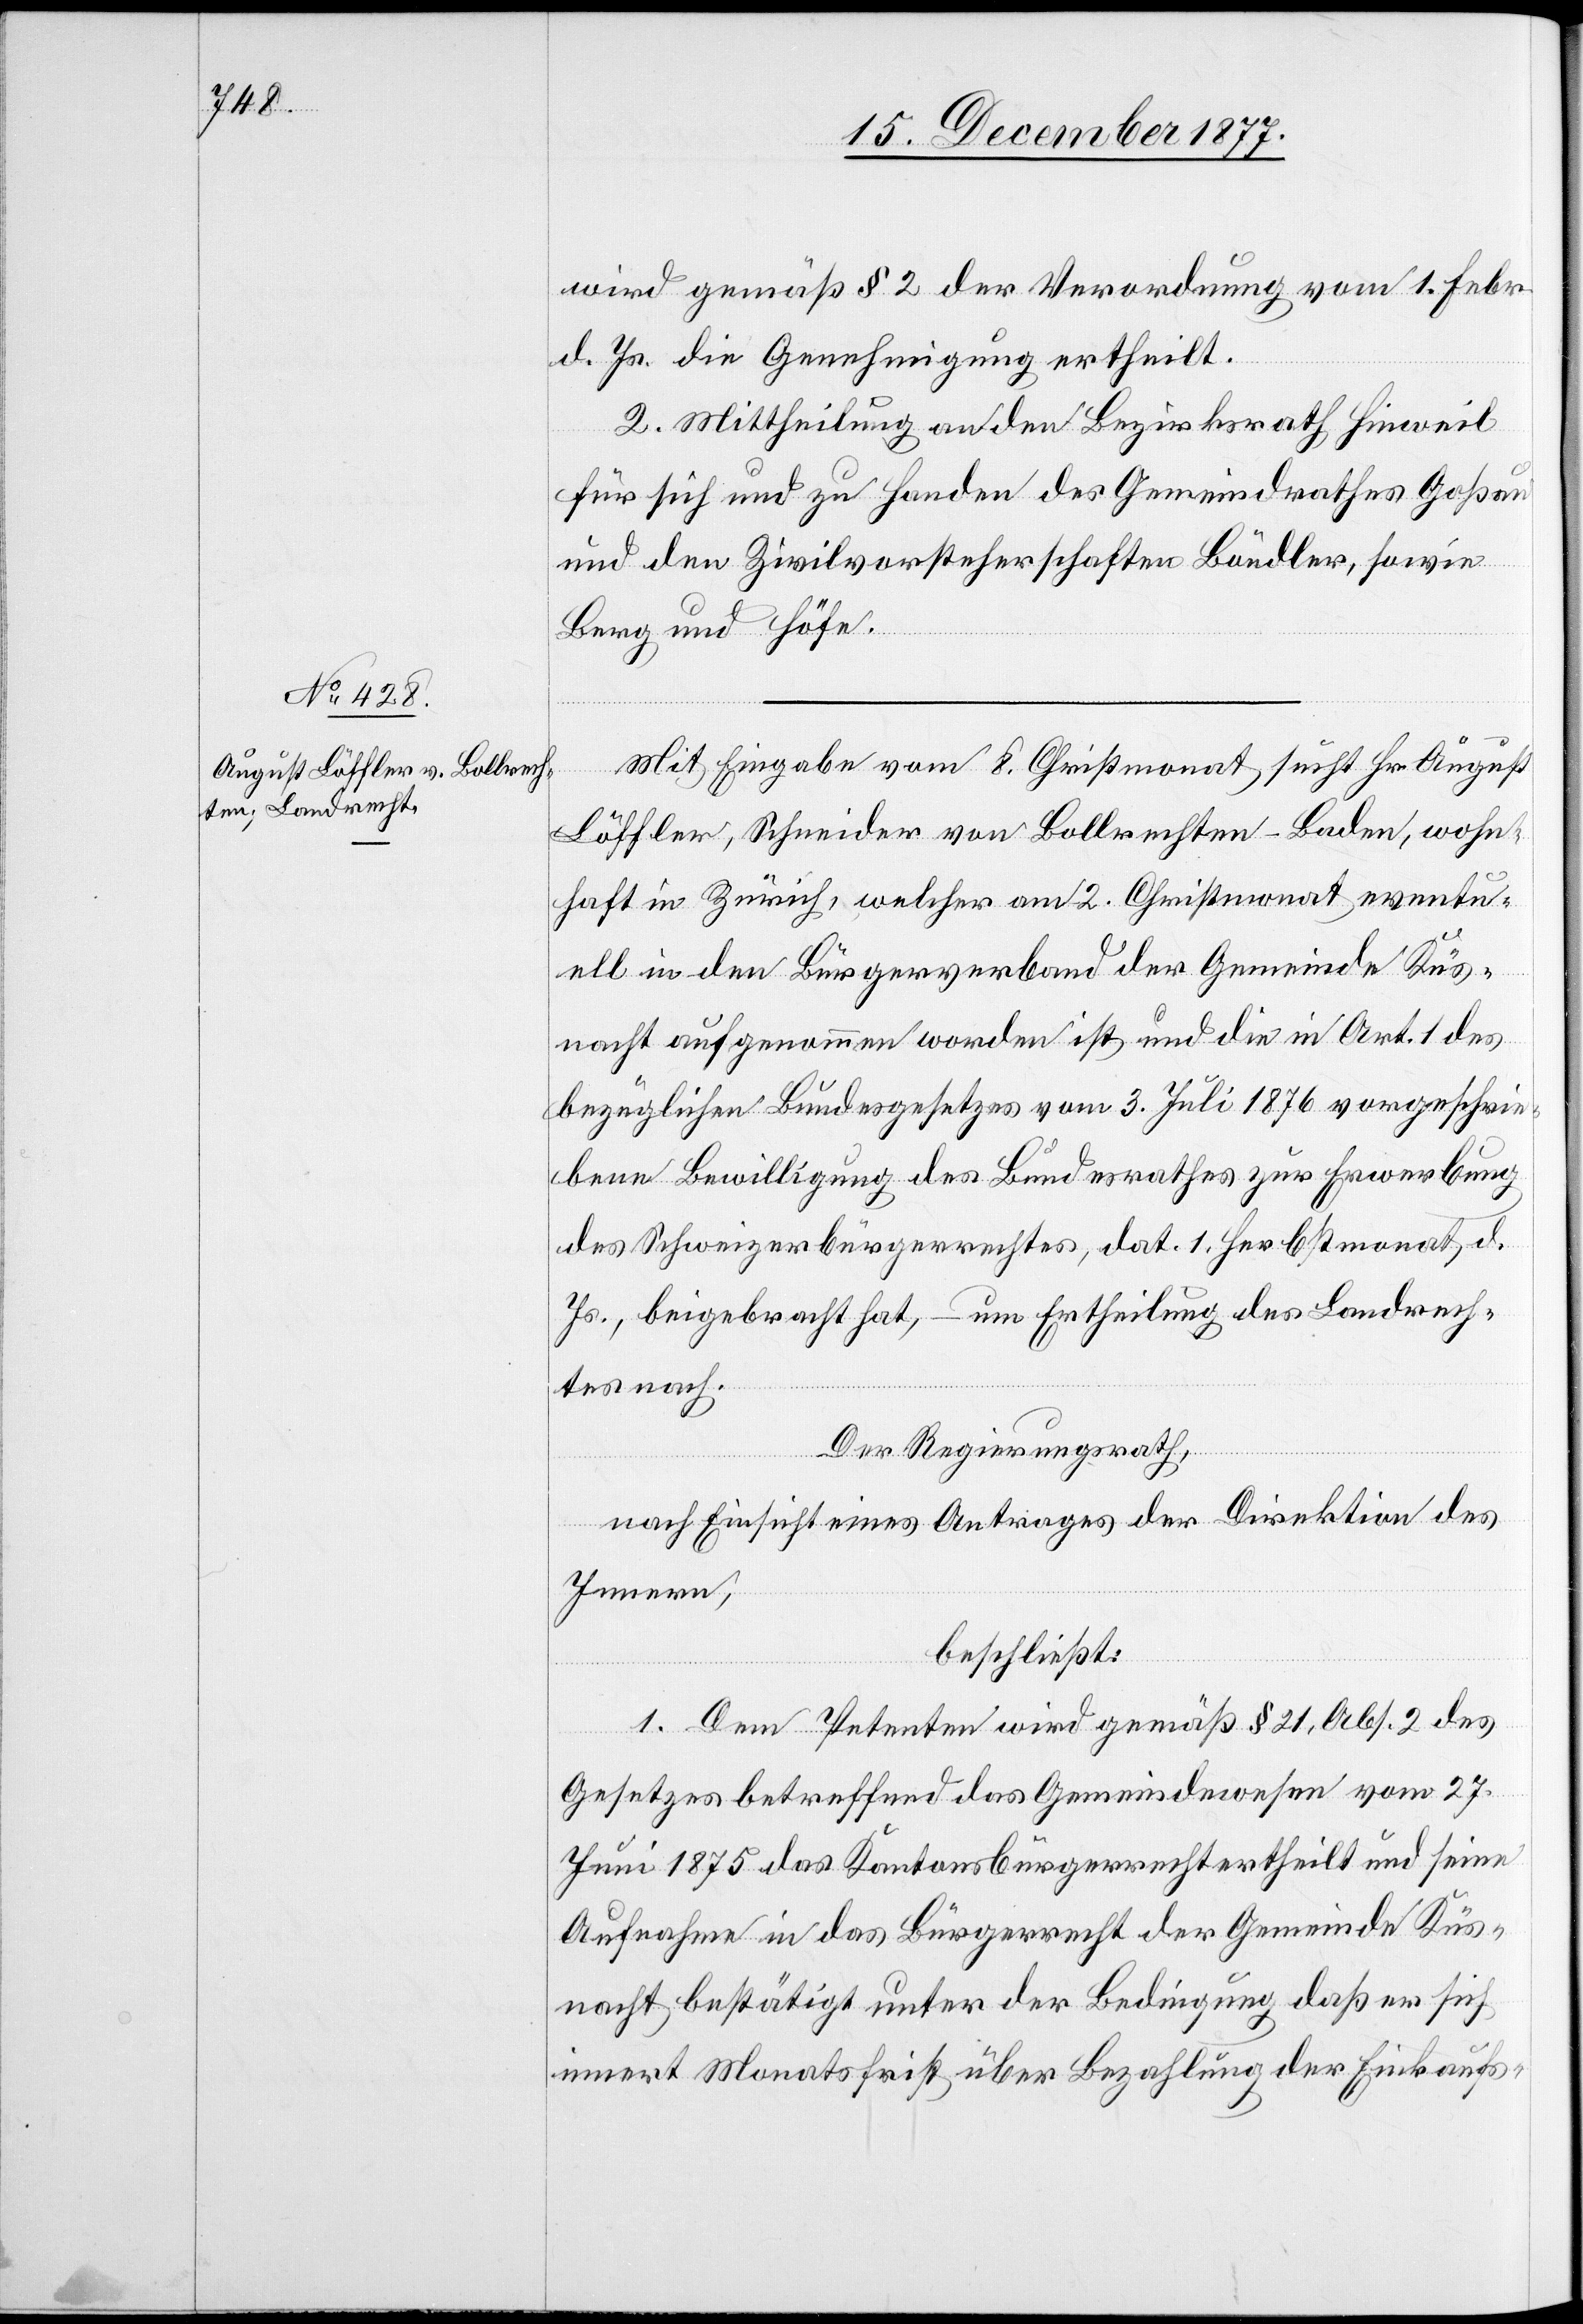
wird gemäß § 2 der Verordnung vom 1. Febr.
d. Js. die Genehmigung ertheilt.
2. Mittheilung an den Bezirksrath Hinweil
für sich und zu Handen des Gemeindrathes Goßau
und den Zivilvorsteherschaften Böndler, sowie
Berg und Höfe.
Mit Eingabe vom 8. Christmonat sucht Hr. August
Löffler, Schneider von Bollrechten - Baden, wohn¬
haft in Zürich, welcher am 2. Christmonat eventu¬
ell in den Bürgerverband der Gemeinde Küs¬
nacht aufgenommen worden ist und die in Art. 1 des
bezüglichen Bundesgesetzes vom 3. Juli 1876 vorgeschrie¬
bene Bewilligung des Bundesrathes zur Erwerbung
des Schweizerbürgerrechtes, dat. 1. Herbstmonat d.
Js., beigebracht hat, – um Ertheilung des Landrech¬
tes nach.
Der Regierungsrath,
nach Einsicht eines Antrages der Direktion des
Innern,
beschließt:
1. Dem Petenten wird gemäß § 21, Abs. 2 des
Gesetzes betreffend das Gemeindewesen vom 27.
Juni 1875 das Kantonsbürgerrecht ertheilt und seine
Aufnahme in das Bürgerrecht der Gemeinde Küs¬
nacht bestätigt unter der Bedingung daß er sich
innert Monatsfrist über Bezahlung der Einkaufs-